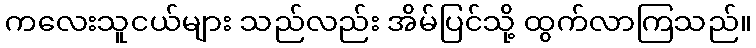
ကလေးသူငယ်များ သည်လည်း အိမ်ပြင်သို့ ထွက်လာကြသည်။